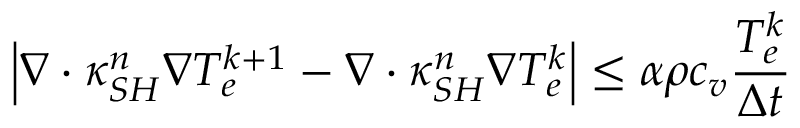
\left| { \nabla \cdot \kappa _ { S H } ^ { n } \nabla T _ { e } ^ { k + 1 } - \nabla \cdot \kappa _ { S H } ^ { n } \nabla T _ { e } ^ { k } } \right| \le \alpha \rho { c _ { v } } \frac { { T _ { e } ^ { k } } } { { \Delta t } }